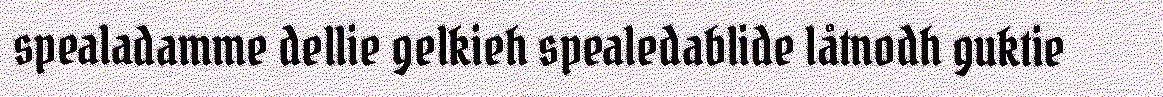
spealadamme dellie gelkieh spealedablide låtnodh guktie